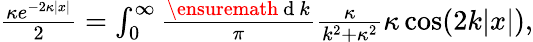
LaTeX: \begin{array}{r}{\frac{\kappa e^{-2\kappa|x|}}{2}=\int_{0}^{\infty}\frac{\ensuremath{\mathrm{~d~}}k}{\pi}\frac{\kappa}{k^{2}+\kappa^{2}}\kappa\cos(2k|x|),}\end{array}